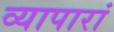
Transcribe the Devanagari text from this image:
व्यापारां